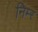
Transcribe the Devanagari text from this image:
निम्‍र